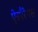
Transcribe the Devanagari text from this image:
ऐस्पैरेगस